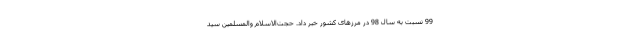
99 نسبت به سال 98 در مرزهای کشور خبر داد. حجت‌الاسلام والمسلمین سید